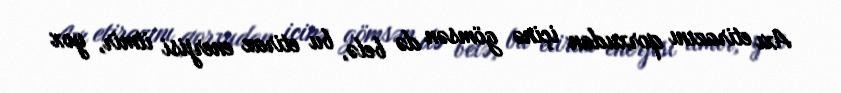
Axı etirazını qorxudan içinə gömsən də belə, bu etiraz enerjisi itmir, yox